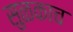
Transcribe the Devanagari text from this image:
सुळकाच